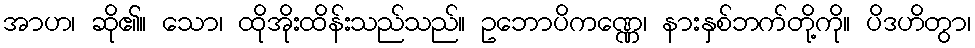
အာဟ၊ ဆို၏။ သော၊ ထိုအိုးထိန်းသည်သည်။ ဥဘောပိကဏ္ဏေ၊ နားနှစ်ဘက်တို့ကို။ ပိဒဟိတွာ၊